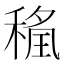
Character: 𮃖